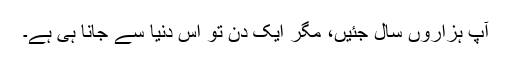
آپ ہزاروں سال جئیں، مگر ایک دن تو اس دنیا سے جانا ہی ہے۔